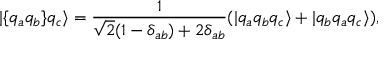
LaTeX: | \{ q _ { a } q _ { b } \} q _ { c } \rangle = \frac { 1 } { \sqrt { 2 } ( 1 - \delta _ { a b } ) + 2 \delta _ { a b } } ( | q _ { a } q _ { b } q _ { c } \rangle + | q _ { b } q _ { a } q _ { c } \rangle ) ,